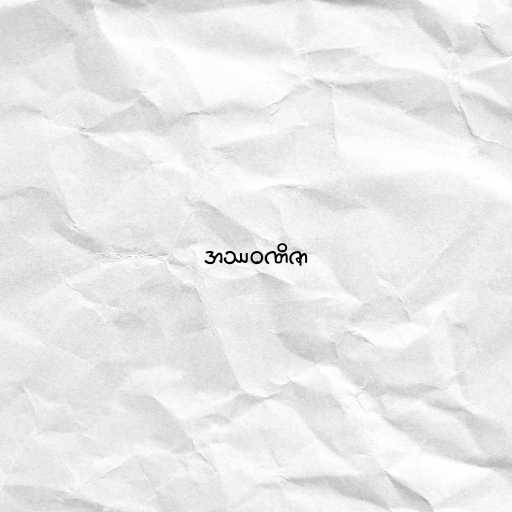
အဿဝဏိဇာ